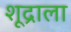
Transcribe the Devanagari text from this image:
शूद्राला